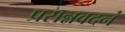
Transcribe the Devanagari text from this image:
प्रसन्नवदनं